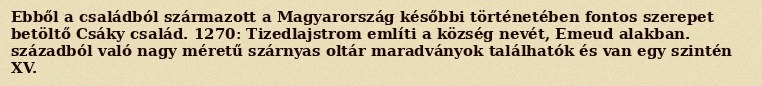
Ebből a családból származott a Magyarország későbbi történetében fontos szerepet betöltő Csáky család. 1270: Tizedlajstrom említi a község nevét, Emeud alakban. századból való nagy méretű szárnyas oltár maradványok találhatók és van egy szintén XV.